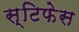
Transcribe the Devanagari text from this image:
स्टिफेस